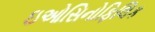
ઇઓસિનોફિલિક